system: You are a helpful assistant.
user:
Analyze the provided spectrum to determine if it is a **Carbon Star (C-type)**.

- **Key Visual Indicators of Carbon Star:**
    - **(Primary):** Strong molecular absorption from **C₂ (diatomic carbon) "Swan Bands."** This is the **defining feature** of a carbon star.
        - **(Key Bandheads):** Sharp absorption edges are visible at approximately $5635$ Å, $5165$ Å (the strongest band), and $4737$ Å.
        - **(Line Profile):** Creates a distinct **"saw-tooth"** pattern. The key morphology is a sharp, steep bandhead on the **red (long-wavelength) side**, which then gradually tapers off (i.e., flux recovers) towards the **blue (short-wavelength) side**. *(This is the direct opposite of the TiO bands seen in M-type stars)*.

    - **(Secondary):** Intense **CN (cyanogen)** molecular absorption bands.
        - **(Key Bandheads):** Located in the blue and violet regions of the spectrum (e.g., near $4215$ Å and $3883$ Å).
        - **(Morphology):** These bands are extremely broad and act as a "blanket," absorbing the vast majority of blue and violet light. This creates a characteristic **"cliff"** or **"steep drop-off"** in the spectrum's flux at short wavelengths.

    - **(Key Confirmation):** Strong **CH absorption band (G-band)**.
        - **(Key Bandhead):** Located around $4300$ Å. The contribution from CH molecules to this band is exceptionally strong.

    - **(Overall Spectrum):**
        - The continuum is severely "chopped up" by these deep molecular bands, especially C₂, rather than appearing as a smooth curve.
        - Due to the heavy CN and C₂ absorption in the blue-green, the vast majority of the star's flux is concentrated in the red part of the spectrum, giving the star its characteristic deep red color.

Think first, call **spectral_visualization_tool** if needed to examine features in detail, then provide your final answer. Your response must adhere to the following strict rules:
1.  **Overall Structure:** Your response must follow the format `<think>...</think> <tool_call>...</tool_call> (if a tool is used) <answer>...</answer>`.
2.  **Tool Usage Constraint:** You may only make **one** tool call per turn.
3.  **Final Answer Format:** In the `<answer>` tag, your conclusion must be inside a `\boxed{}` command (e.g., `\boxed{YES}`), followed by your justification.

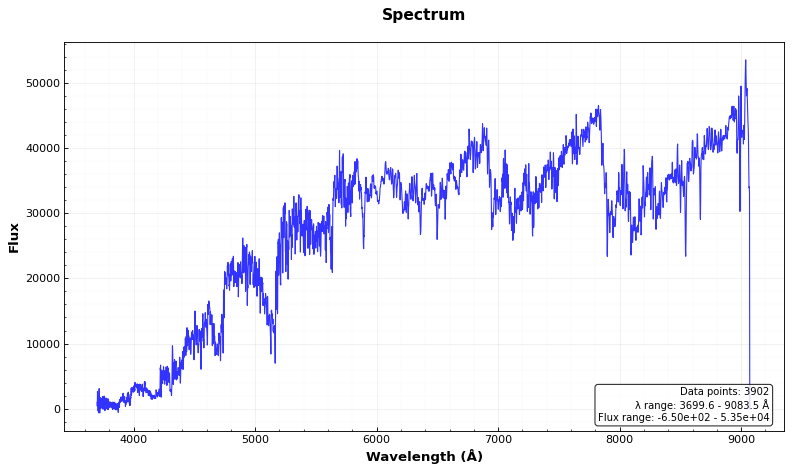
Answer: YES